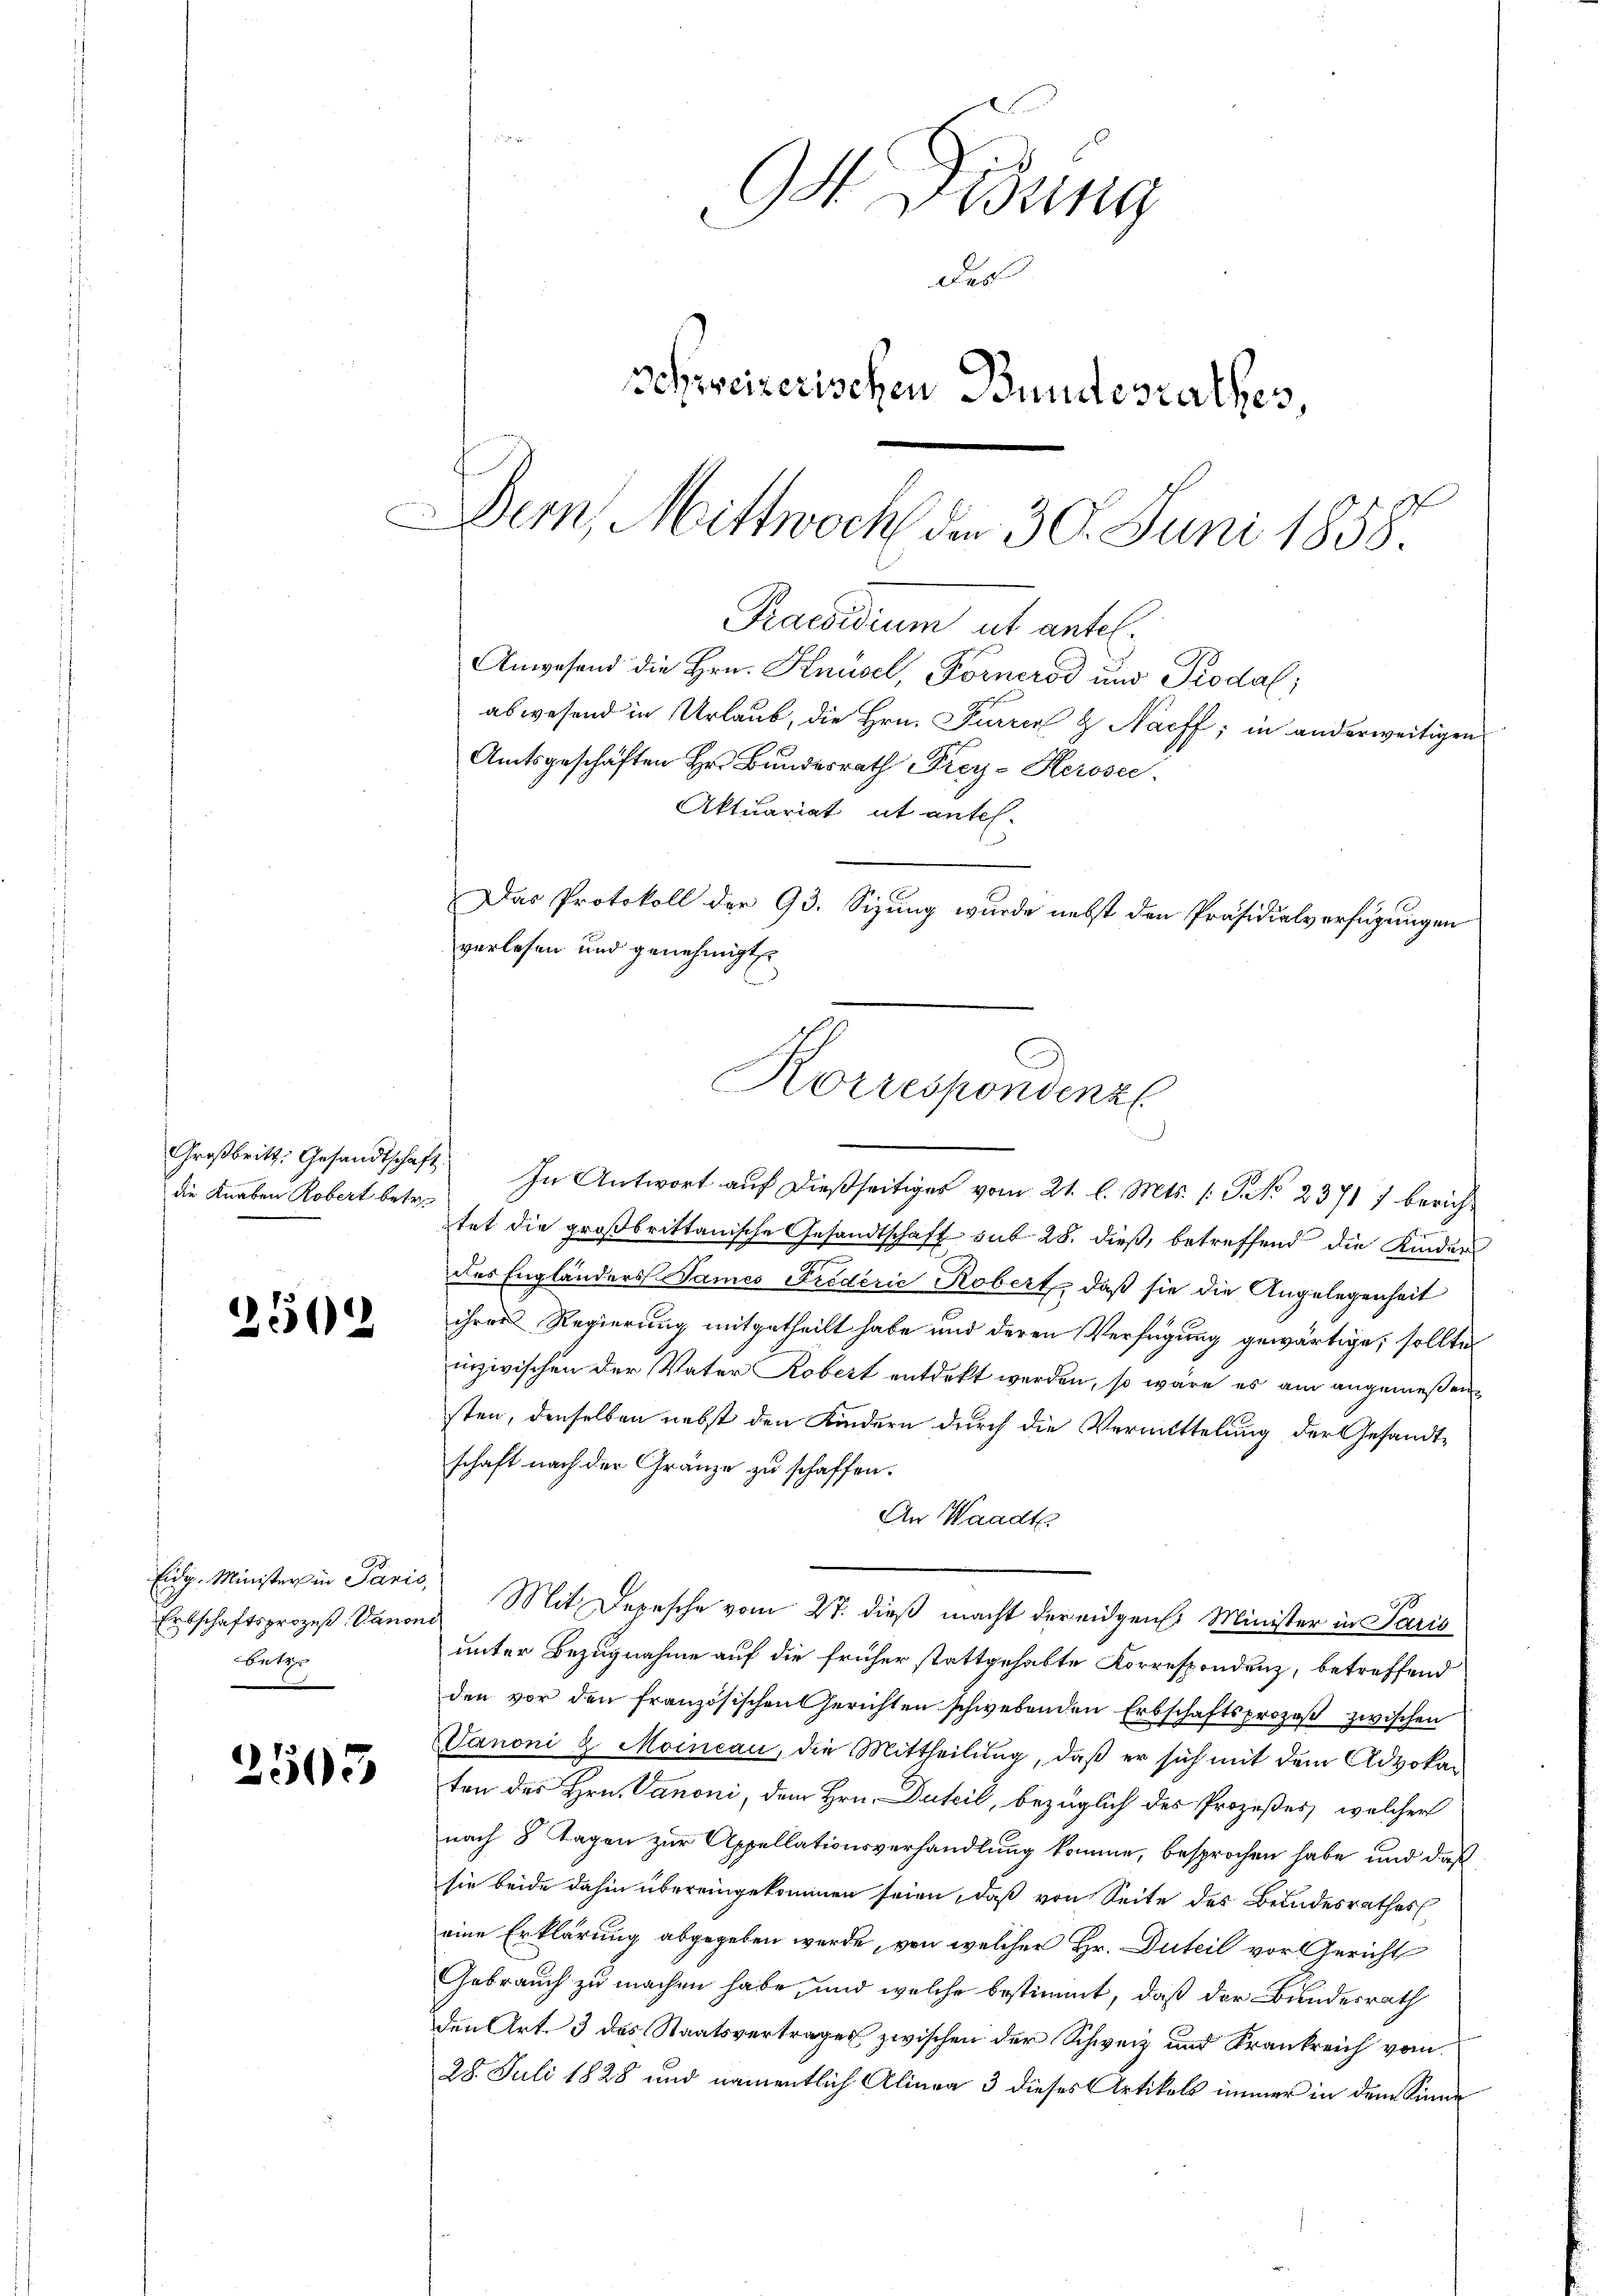
die Knaben Robert betre

25562

Eidg. Minister in Paris,
Betz

2503

9 Didung
Der
Schweizerischen Bundesrathes,
Der, Mittwoch den 30. Juni 1858.

Großbritt. Gesandtschaft In Antwort auf dießseitiges vom 21. l. Mts. 1. P. Nr. 23717 bericht
tet die großbrittanische Gesandtschaft sub 28. dieß, betreffend die Kinder
des Engländers James Friderić Robert, daß sie die Angelegenheit
ihrer Regierung mitgetheilt habe und deren Verfügung gewärtige, solltes
inzwischen der Vater Robert entdekt werden, so wäre es am angemeßensten, denselben nebst den Kindern durch die Vermittelung der Gesandtschaft nach der Gränze zu schaffen.
An Waadt
Erbschaftsprozeß danen Mit Depesche vom 27. dieß macht der eidgen. Minister in Paris
unter Bezugnahme auf die früher stattgehabte Korrespondenz, betreffend
den vor den französischen Gerichten schwebenden Erbschaftsprozeß zwischen
Vanoni & Moincau, die Mittheilung, daß er sich mit dem Advoka-
ten des Hrn. Danoni, dem Hrn. Duteil, bezüglich des Prozeßes, welcher
nach 8 Tagen zur Appellationsverhandlung komme, besprochen habe, und daß
sie beide dahin übereingekommen seien, daß von Seite des Bundesrathes
eine Erklärung abgegeben werde, von welcher Hr. Duteil vor Gericht
Gebrauch zu machen habe, und welche bestimmt, daß der Bundesrath
den Art. 3 des Staatsvertrages zwischen der Schweiz und Krankreich vom
28. Juli 1828 und namentlich Alinea 3 dieses Artikels immer in dem Sinne

Praesidium ut antel.
Anwesend die Hrn. Knüsel, Fornerod und Prodal;
abwesend in Urlaub, die Hrn. Furren & Nacff; in anderweitigen
Amtsgeschäften Hr. Bundesrath Frey-Herosec.
Aktuariat it antel-
Das Protokoll der 93. Sizung wurde nebst den Präsidialverfügungen

verlesen und genehmigt
Korrespondenz
.